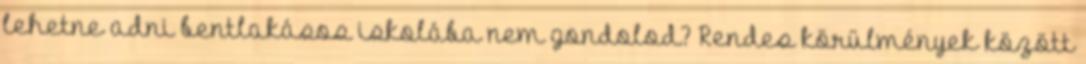
lehetne adni bentlakásos iskolába nem gondolod? Rendes körülmények között